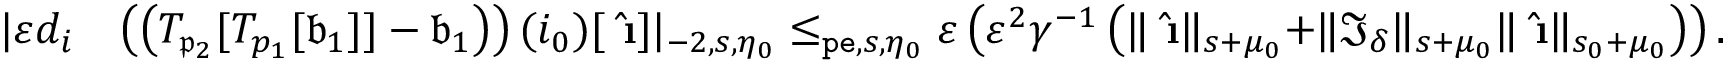
\begin{array} { r l } { | \varepsilon d _ { i } } & { \left( \left( T _ { \mathfrak { p } _ { 2 } } [ T _ { p _ { 1 } } [ \mathfrak { b } _ { 1 } ] ] - \mathfrak { b } _ { 1 } \right) \right) ( i _ { 0 } ) [ \hat { \textbf { \i } } ] | _ { - 2 , s , \eta _ { 0 } } \le _ { \mathtt { p e } , s , \eta _ { 0 } } \varepsilon \left( \varepsilon ^ { 2 } \gamma ^ { - 1 } \left( \rVert \hat { \textbf { \i } } \rVert _ { s + \mu _ { 0 } } + \rVert \mathfrak { I } _ { \delta } \rVert _ { s + \mu _ { 0 } } \rVert \hat { \textbf { \i } } \rVert _ { s _ { 0 } + \mu _ { 0 } } \right) \right) . } \end{array}